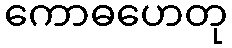
ကောဓဟေတု